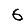
Digit: 6